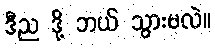
ဒီည ဒို့ ဘယ် သွားမလဲ။